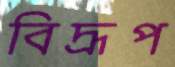
বিদ্রূপ